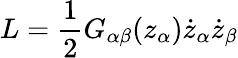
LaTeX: L=\frac{1}{2}G_{\alpha\beta}(z_{\alpha})\dot{z}_{\alpha}\dot{z}_{\beta}